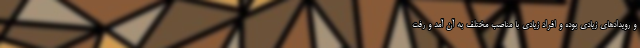
و رویدادهای زیادی بوده و افراد زیادی با مناصب مختلف به آن آمد و رفت